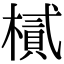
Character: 樲